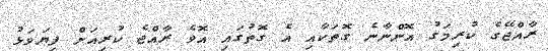
ރާއްޖޭގެ ކުރިމަގު އޮންނާނެ ގޮތަކާއި އެ ގޮތުގައި އޮވެ ރާއްޖެ ކުރިއަށް ފިޔަވަޅު